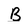
Character: B